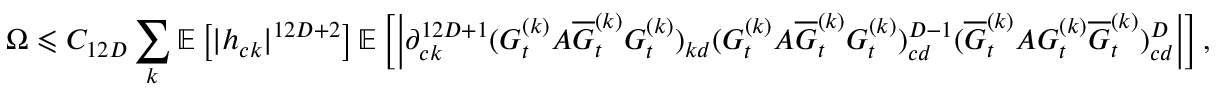
\Omega \leqslant C _ { 1 2 D } \sum _ { k } \mathbb E \left[ | h _ { c k } | ^ { 1 2 D + 2 } \right] \mathbb E \left[ \left| \partial _ { c k } ^ { 1 2 D + 1 } ( G _ { t } ^ { ( k ) } A \overline { G } _ { t } ^ { ( k ) } G _ { t } ^ { ( k ) } ) _ { k d } ( G _ { t } ^ { ( k ) } A \overline { G } _ { t } ^ { ( k ) } G _ { t } ^ { ( k ) } ) _ { c d } ^ { D - 1 } ( \overline { G } _ { t } ^ { ( k ) } A G _ { t } ^ { ( k ) } \overline { G } _ { t } ^ { ( k ) } ) _ { c d } ^ { D } \right| \right] ,